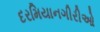
દરમિયાનગીરીઓ